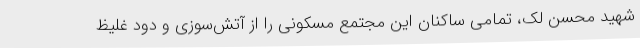
شهید محسن لک، تمامی ساکنان این مجتمع مسکونی را از آتش‌سوزی و دود غلیظ